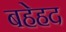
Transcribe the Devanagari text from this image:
बहेहद